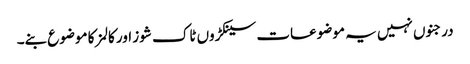
درجنوں نہیں یہ موضوعات سینکڑوں ٹاک شوز اور کالمز کا موضوع بنے۔